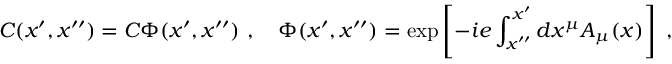
C ( x ^ { \prime } , x ^ { \prime \prime } ) = C \Phi ( x ^ { \prime } , x ^ { \prime \prime } ) \ , \quad \Phi ( x ^ { \prime } , x ^ { \prime \prime } ) = \exp \left[ - i e \int _ { x ^ { \prime \prime } } ^ { x ^ { \prime } } d x ^ { \mu } A _ { \mu } ( x ) \right] \ ,